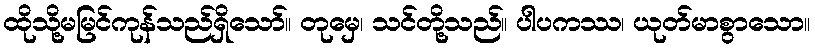
ထိုသို့မမြင်ကုန်သည်ရှိသော်။ တုမှေ၊ သင်တို့သည်။ ပါပကဿ၊ ယုတ်မာစွာသော။